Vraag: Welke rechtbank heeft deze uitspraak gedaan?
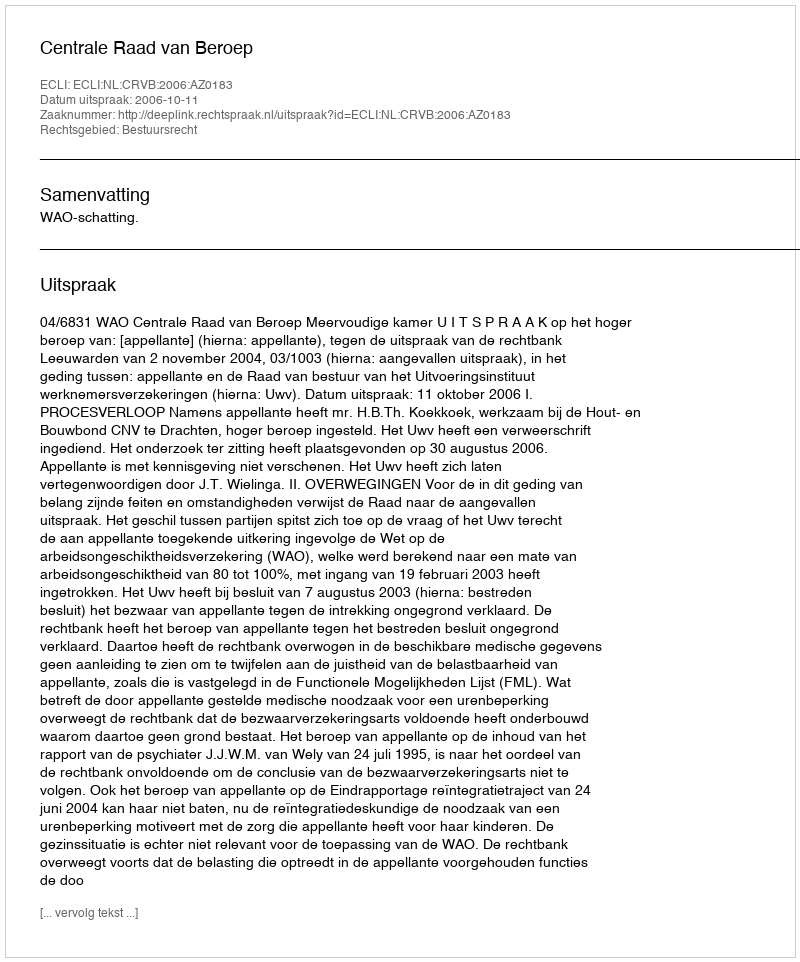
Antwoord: Centrale Raad van Beroep